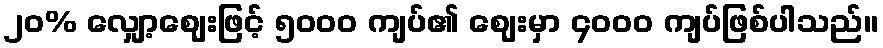
၂၀% လျှော့ဈေးဖြင့် ၅၀၀၀ ကျပ်၏ ဈေးမှာ ၄၀၀၀ ကျပ်ဖြစ်ပါသည်။